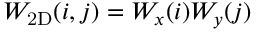
W _ { \mathrm { 2 D } } ( i , j ) = W _ { x } ( i ) W _ { y } ( j )